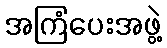
အကြံပေးအဖွဲ့